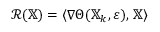
\mathcal { R } ( \mathbb { X } ) = \langle \nabla \Theta ( \mathbb { X } _ { k } , \varepsilon ) , \, \mathbb { X } \rangle